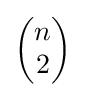
\left({\begin{matrix}n\\2\end{matrix}}\right)